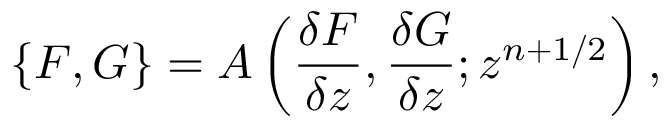
\{ F , G \} = A \left( \frac { \delta F } { \delta z } , \frac { \delta G } { \delta z } ; z ^ { n + 1 / 2 } \right) ,